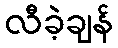
လီခဲ့ချန်